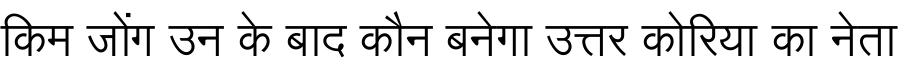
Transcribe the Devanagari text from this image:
किम जोंग उन के बाद कौन बनेगा उत्तर कोरिया का नेता